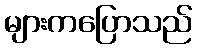
များကပြောသည်